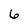
Character: 6